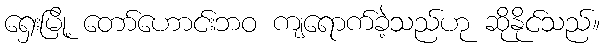
ရှေးမြို့ တော်ဟောင်းဘဝ ကျရောက်ခဲ့သည်ဟု ဆိုနိုင်သည်။